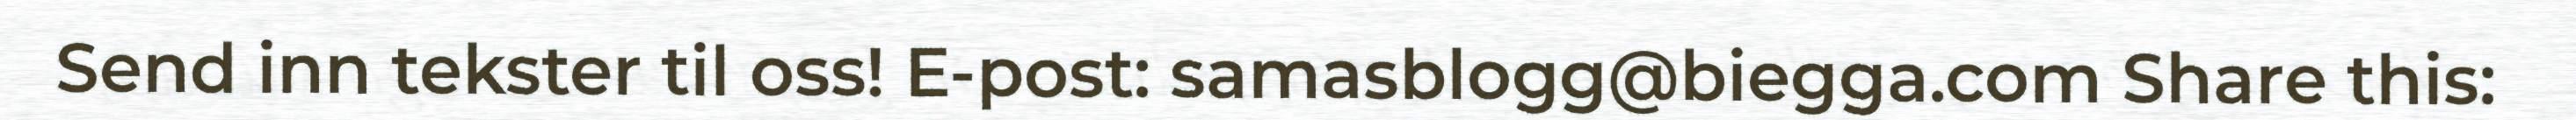
Send inn tekster til oss! E-post: samasblogg@biegga.com Share this: